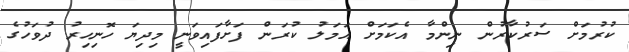
ކުރުމަށް ސަރުކާރުން ނިންމާ އެކަމަށް އަމަލު ކުރަން ފަށާފައިވަނީ މިދިޔަ ހޮނިހިރު ދުވަހުގެ